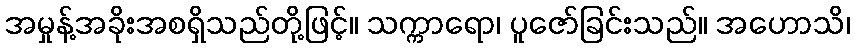
အမှုန့်အခိုးအစရှိသည်တို့ဖြင့်။ သက္ကာရော၊ ပူဇော်ခြင်းသည်။ အဟောသိ၊